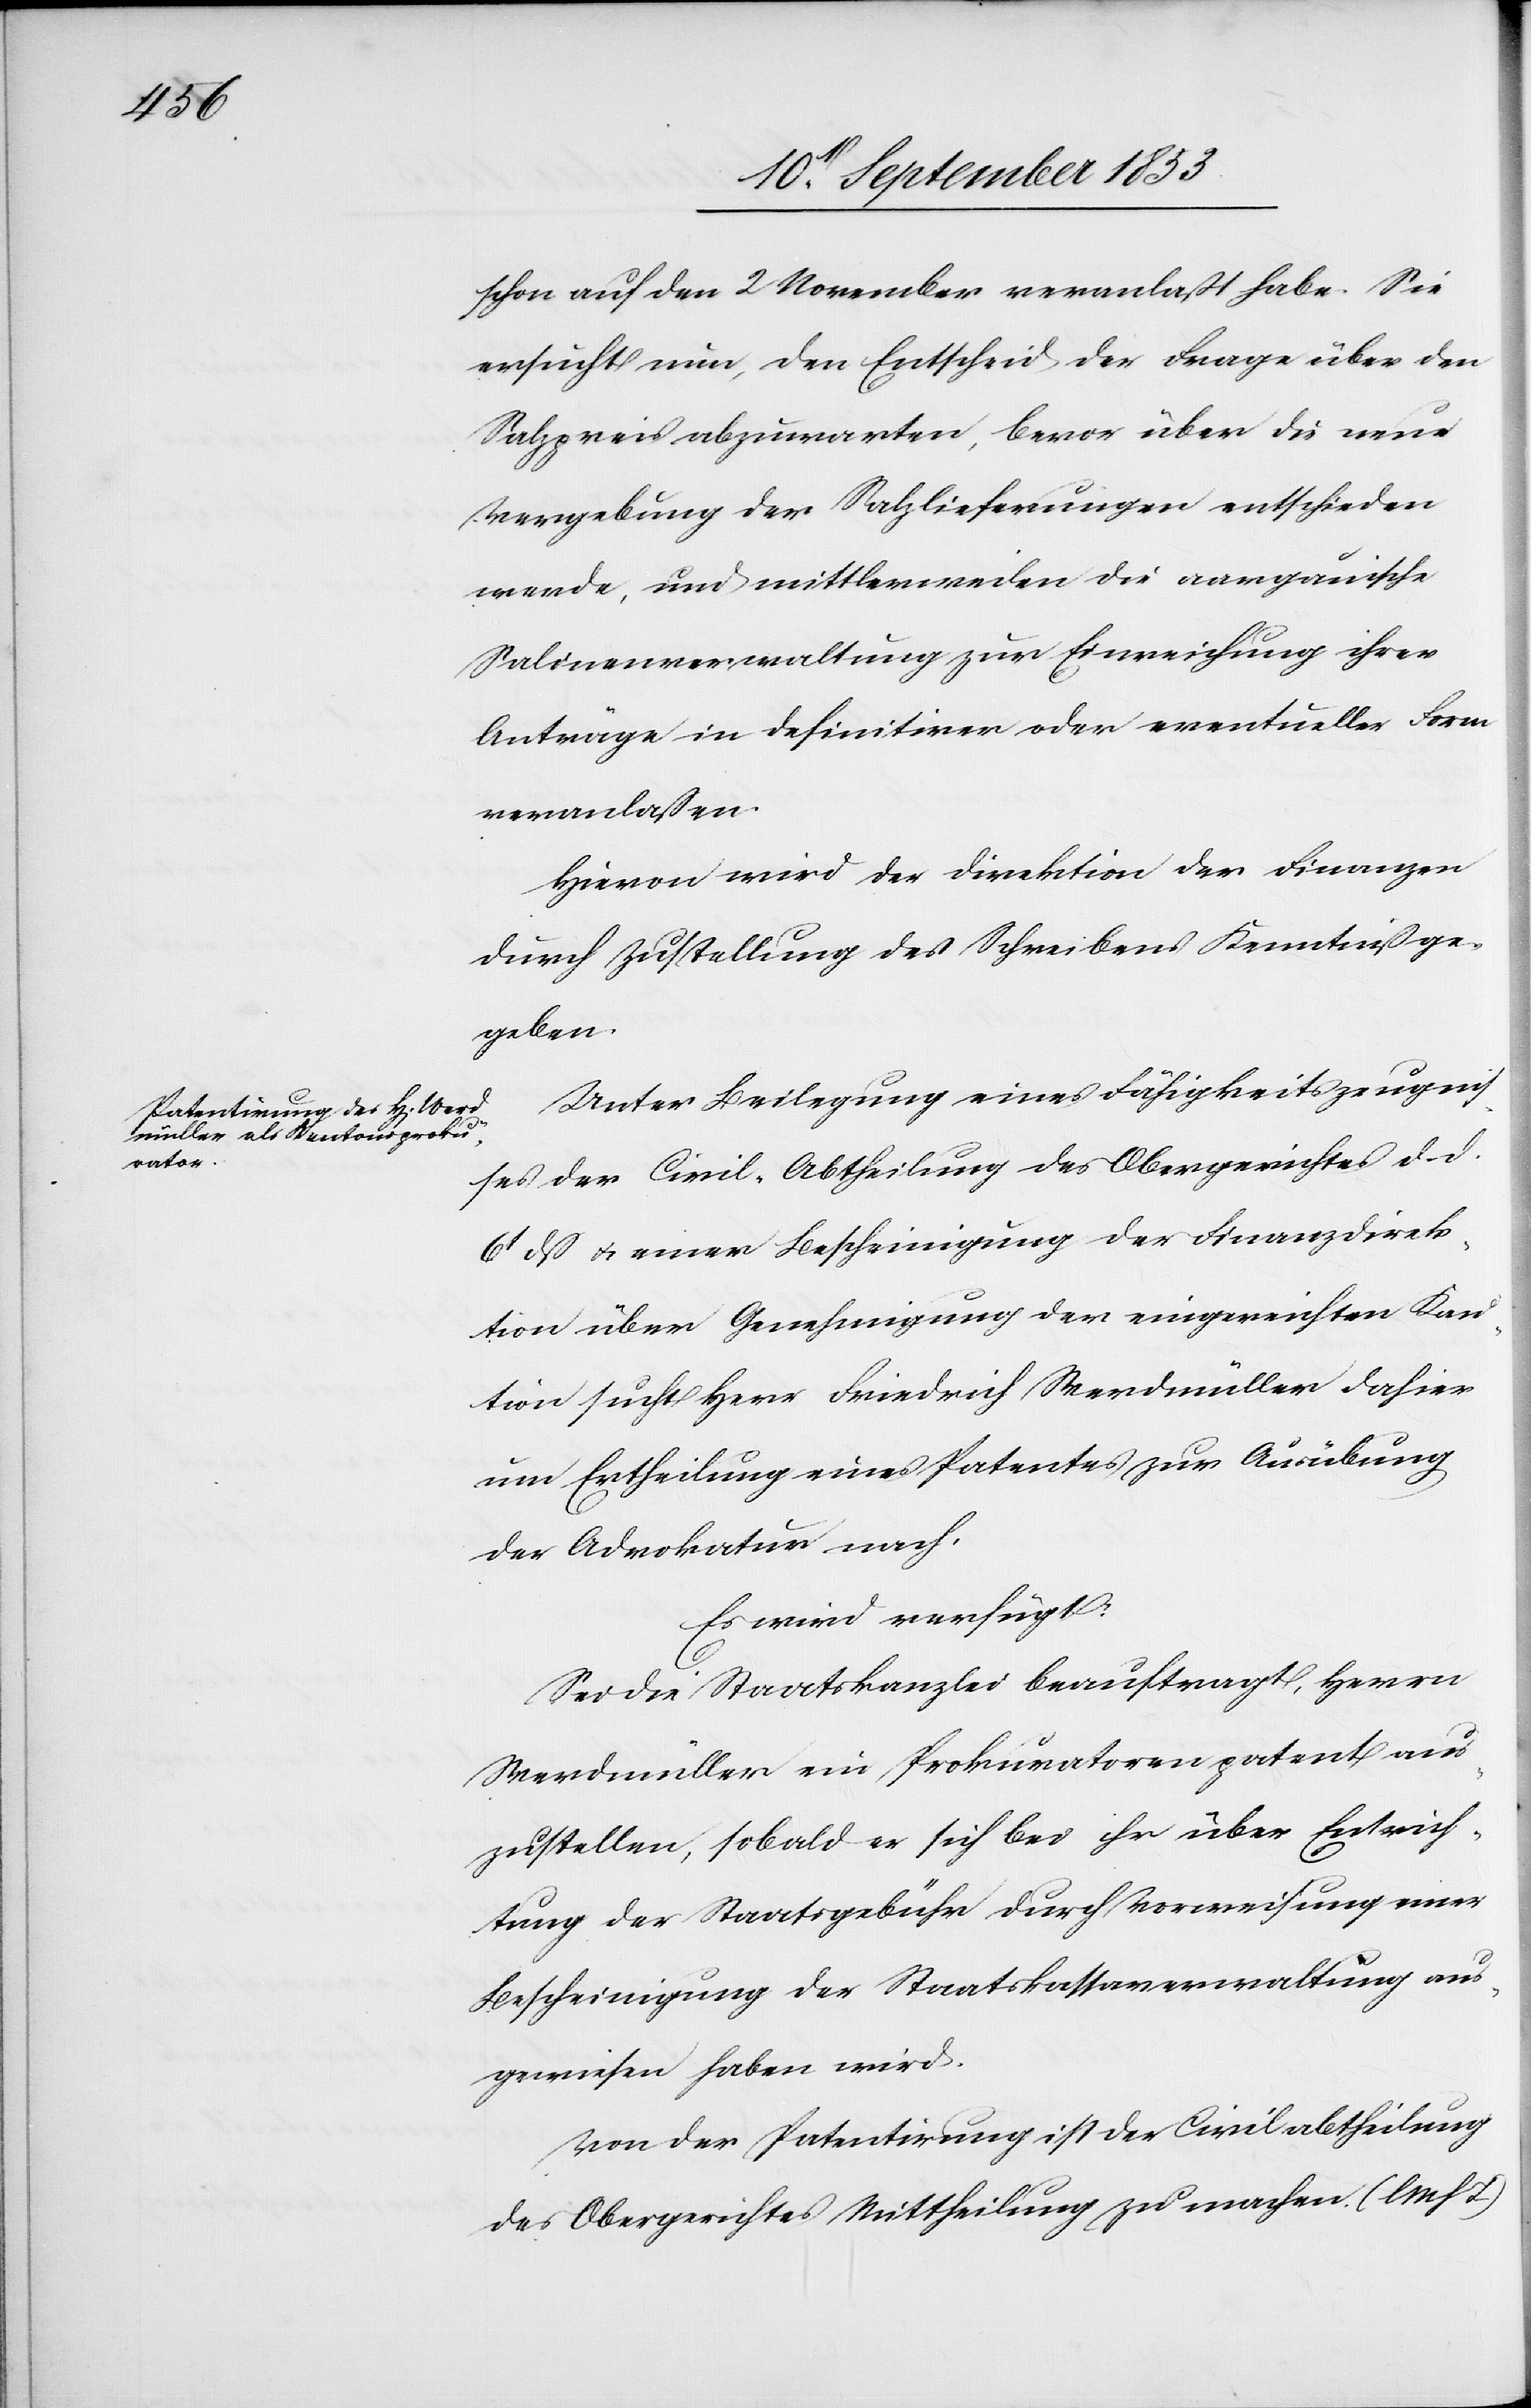
schon auf den 2 November veranlaßt ahbe. Sie
ersucht nun, den Entscheid der Frage über den
Salzpreis abzuwarten, bevor über die neue
Vergebung der Salzlieferungen entschieden
werde, und mittlerweile die aargauische
Salinenverwaltung zur Einrichtung ihrer
Anträge in definitiver oder eventueller Form
veranlaßen.
Hievon wird der Direktion der Finanzen
durch Zustellung des Schreibens Kenntniß ge¬
geben.
Unter Beilegung eines Fähigkeitszeugnis¬
ses der Civil-Abtheilung des Obergerichtes d. d.
6t dß u. einer Bescheinigung der Finanzdirek¬
tion über Genehmigung der eingerichten Kau¬
tion sucht Herr Friedrich Werdmüller dahier
um Ertheilung eines Patentes zur Ausübung
der Advokatur nach.
Es wird verfügt:
Sei die Staatskanzlei beauftragt, Herrn
Werdmüller ein Prokuratorenpatent aus¬
zustellen, sobald er sich bei ihr über Entrich¬
tung der Staatsgebühr durch Vorweisung einer
Bescheinigung der Staatskassaverwaltung aus¬
gewiesen haben wird.
Von der Patentirung ist der Civilabtheilung
des Obergerichtes Mittheilung zu machen [l. M.